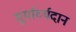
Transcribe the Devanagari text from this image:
सूर्यार्घ्यदान